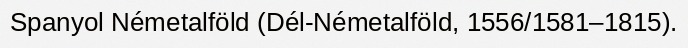
Spanyol Németalföld (Dél-Németalföld, 1556/1581–1815).